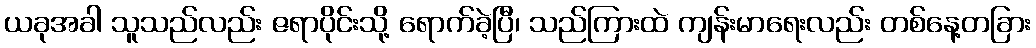
ယခုအခါ သူသည်လည်း ဇရာပိုင်းသို့ ရောက်ခဲ့ပြီ၊ သည်ကြားထဲ ကျန်းမာရေးလည်း တစ်နေ့တခြား